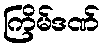
ကြိမ်ဒဏ်